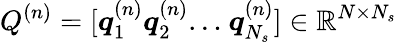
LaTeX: Q^{(n)}=[\boldsymbol{q}_{1}^{(n)}\boldsymbol{q}_{2}^{(n)}{\dots}~\boldsymbol{q}_{N_{s}}^{(n)}]\in\mathbb{R}^{N\times N_{s}}